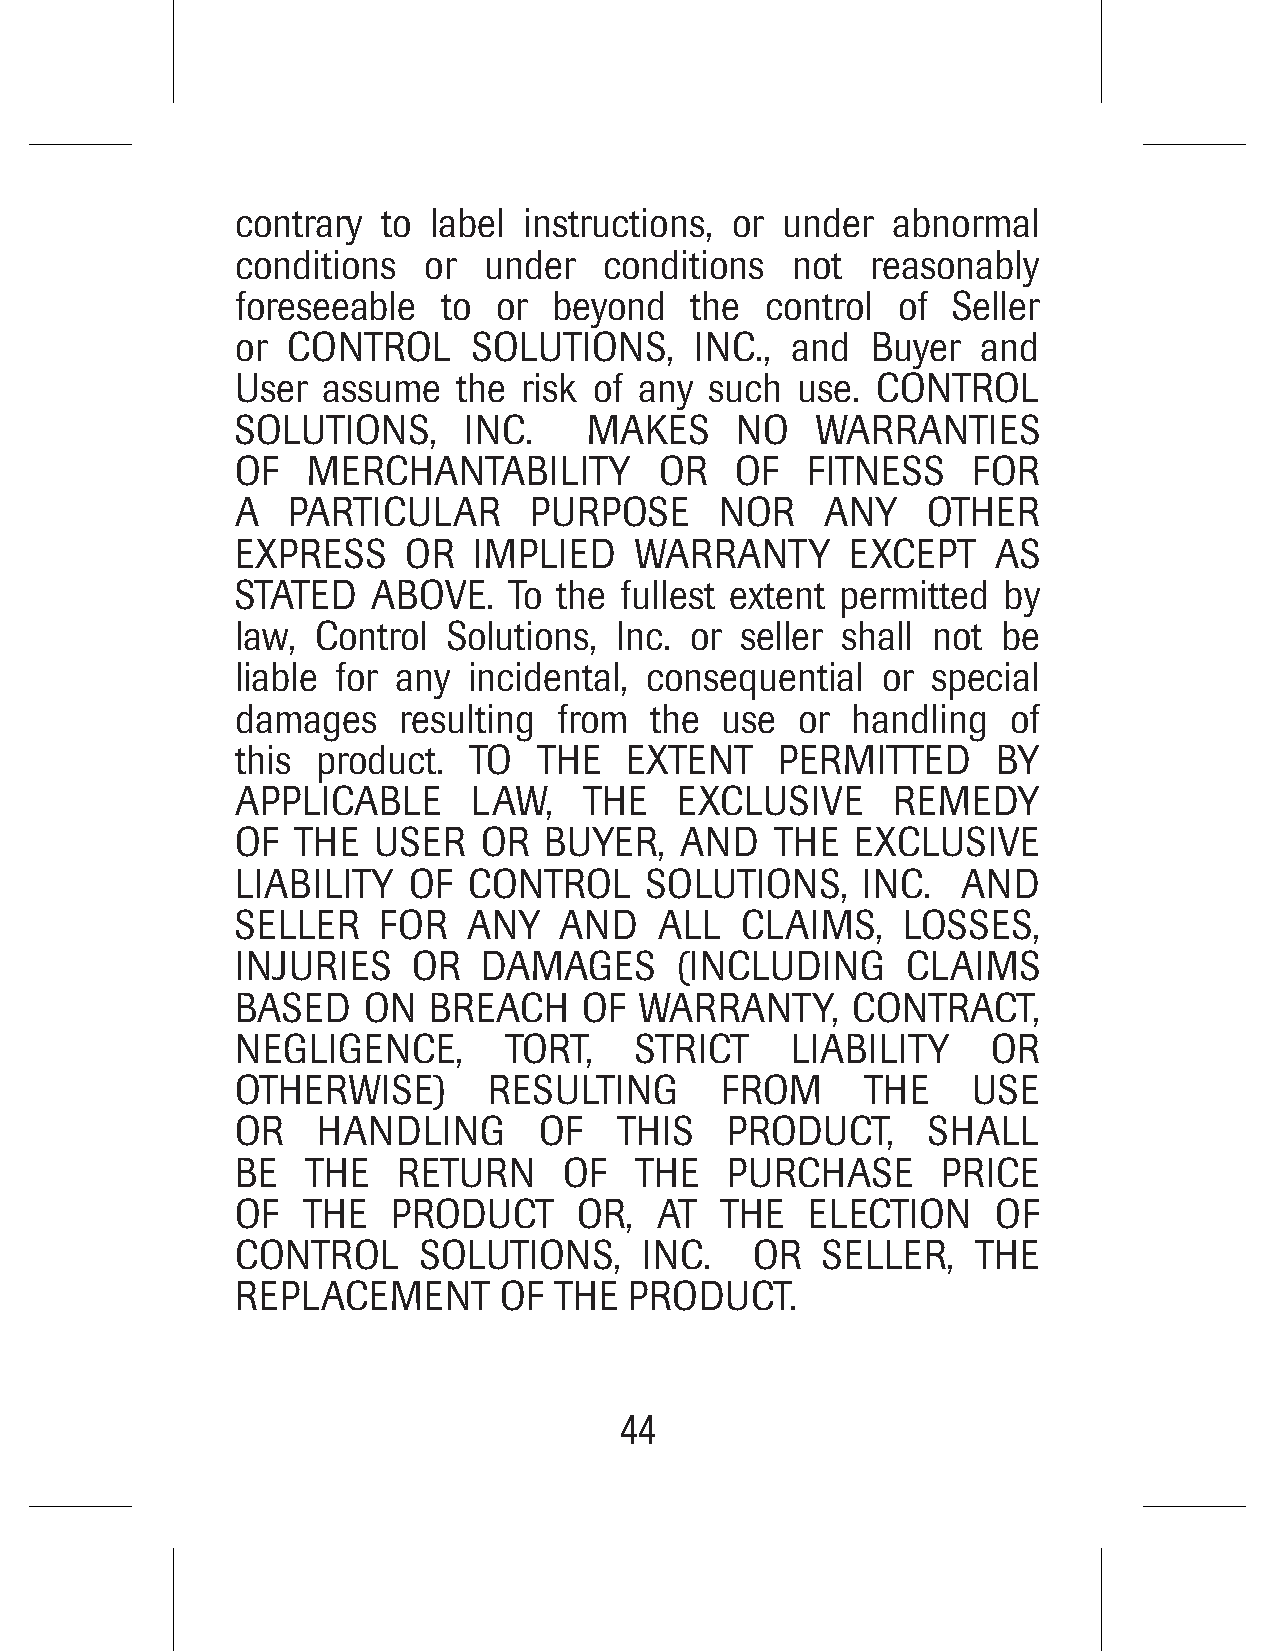
contrary to  label instructions, or under  abnormal
 conditions  or  under   conditions  not   reasonably
 foreseeable  to  or  beyond   the  control of  Seller
 or CONTROL     SOLUTIONS,     INC., and   Buyer  and
 User assume   the  risk of any such  use. CONTROL
 SOLUTIONS,     INC.    MAKES     NO   WARRANTIES
 OF  MERCHANTABILITY         OR   OF  FITNESS    FOR
 A  PARTICULAR      PURPOSE      NOR    ANY   OTHER
 EXPRESS    OR  IMPLIED    WARRANTY      EXCEPT    AS
 STATED   ABOVE.   To the fullest extent permitted by
 law, Control  Solutions, Inc. or seller shall not be
 liable for any incidental, consequential  or  special
 damages   resulting  from  the  use  or handling   of
 this product.  TO   THE  EXTENT     PERMITTED     BY
 APPLICABLE     LAW,    THE   EXCLUSIVE     REMEDY
 OF  THE  USER   OR  BUYER,   AND   THE   EXCLUSIVE
 LIABILITY  OF  CONTROL     SOLUTIONS,    INC.   AND
 SELLER   FOR   ANY   AND    ALL  CLAIMS,    LOSSES,
 INJURIES   OR   DAMAGES      (INCLUDING     CLAIMS
 BASED   ON  BREACH     OF WARRANTY,     CONTRACT,
 NEGLIGENCE,      TORT,    STRICT    LIABILITY     OR
 OTHERWISE)      RESULTING       FROM     THE    USE
 OR   HANDLING       OF   THIS   PRODUCT,      SHALL
 BE  THE   RETURN     OF   THE   PURCHASE      PRICE
 OF  THE   PRODUCT     OR,   AT  THE   ELECTION    OF
 CONTROL     SOLUTIONS,     INC.   OR  SELLER,    THE
 REPLACEMENT      OF  THE  PRODUCT.
 44